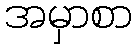
အမှာစာ